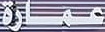
عمارة